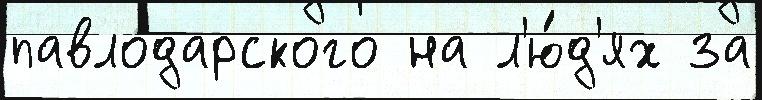
павлодарского на л'ю́д'ях за